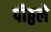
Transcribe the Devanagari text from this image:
पीठ्ठले